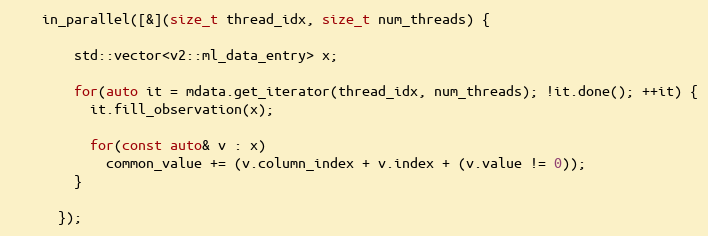
Language: C++
    in_parallel([&](size_t thread_idx, size_t num_threads) {

        std::vector<v2::ml_data_entry> x;

        for(auto it = mdata.get_iterator(thread_idx, num_threads); !it.done(); ++it) {
          it.fill_observation(x);

          for(const auto& v : x)
            common_value += (v.column_index + v.index + (v.value != 0));
        }

      });